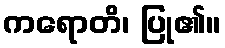
ကရောတိ၊ ပြု၏။